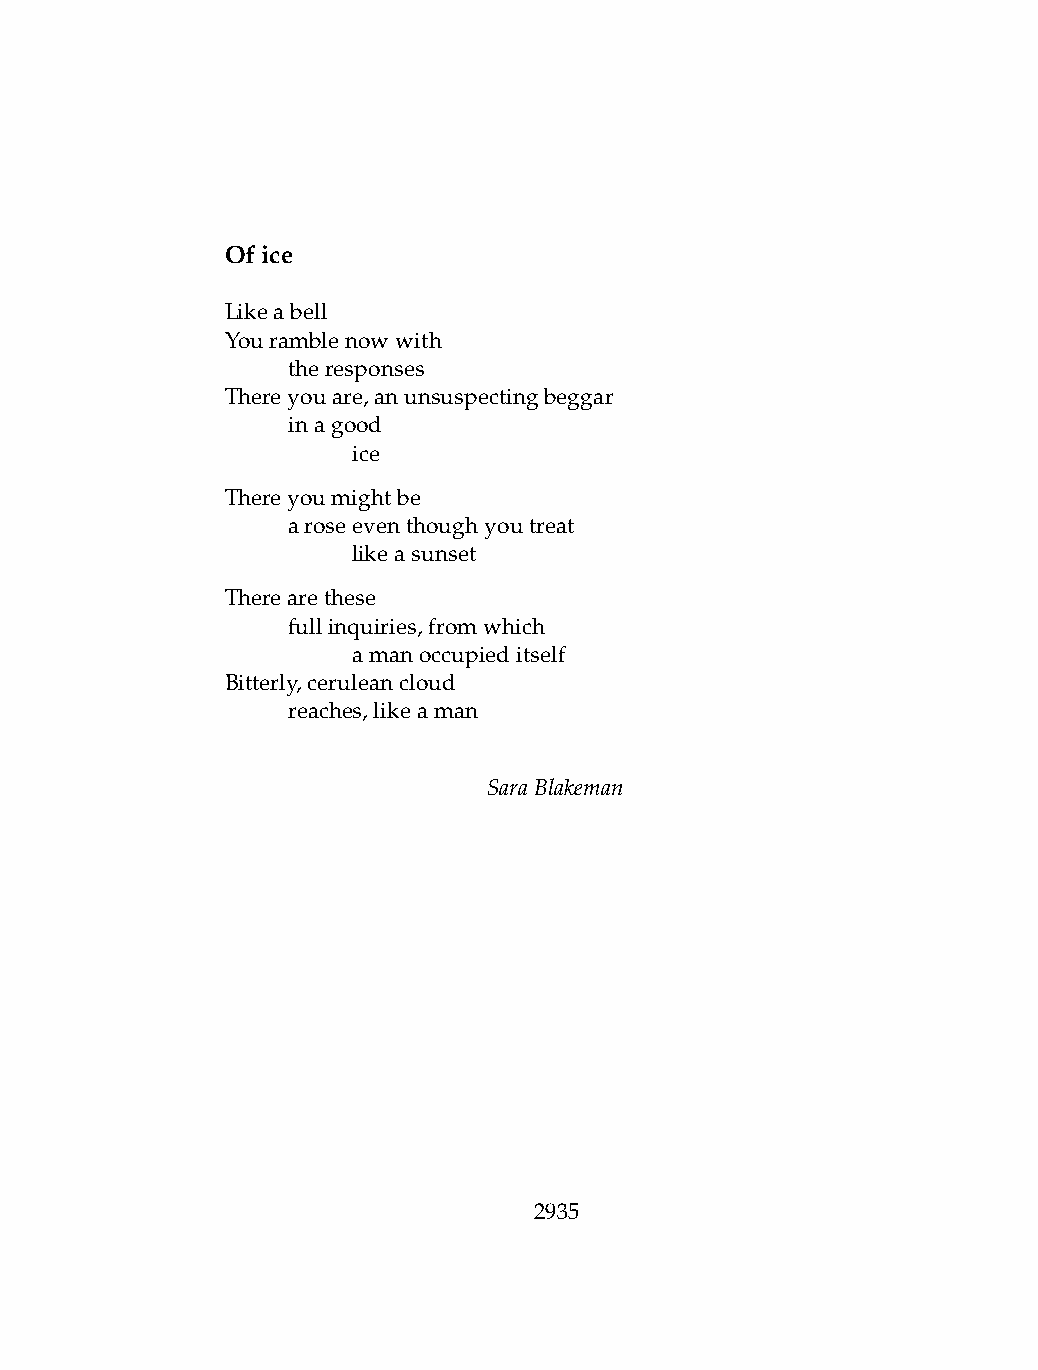
Ofice
 Likeabell
 Youramblenowwith
 .   theresponses
 Thereyouare,anunsuspectingbeggar
 .   inagood
 .   .   ice
 Thereyoumightbe
 .   aroseeventhoughyoutreat
 .   .   likeasunset
 Therearethese
 .   fullinquiries,fromwhich
 .   .   amanoccupieditself
 Bitterly,ceruleancloud
 .   reaches,likeaman
 SaraBlakeman
 2935